Note on the mental hospitals in Burma - 1925-1940
Year: 1925
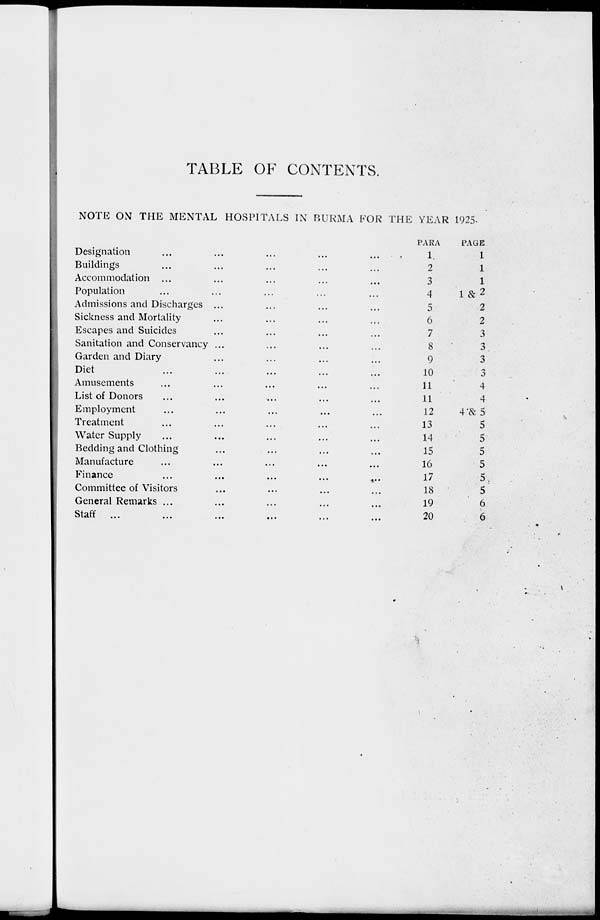
TABLE OF CONTENTS.
NOTE ON THE MENTAL HOSPITALS IN BURMA FOR THE YEAR 1925.
Designation ... ... ... ... ...
Buildings ... ... ... ... ...
Accommodation ... ... ... ... ...
Population ... ... ... ... ...
Admissions and Discharges ... ... ... ...
Sickness and Mortality ... ... ... ...
Escapes and Suicides ... ... ... ...
Sanitation and Conservancy ... ... ... ...
Garden and Diary ... ... ... ...
Diet
...
...
...
...
...
Amusements ... ... ... ... ...
List of Donors ... ... ... ... ...
Employment ... ... ... ... ...
Treatment ... ... ... ... ...
Water Supply ... ... ... ... ...
Bedding and Clothing ... ... ... ...
Manufacture ... ... ... ... ...
Finance
...
...
...
...
...
Committee of Visitors ... ... ... ...
General Remarks ... ... ... ... ...
Staff
...
...
...
...
...
...
PARA
1
2
3
4
5
6
7
8
9
10
11
11
12
13
14
15
16
17
18
19
20
PAGE
1
1
1
1 & 2
2
2
3
3
3
3
4
4
4 & 5
5
5
5
5
5
5
6
6